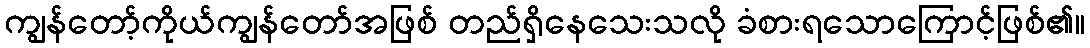
ကျွန်တော့်ကိုယ်ကျွန်တော်အဖြစ် တည်ရှိနေသေးသလို ခံစားရသောကြောင့်ဖြစ်၏။